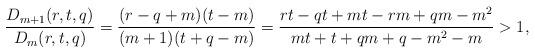
LaTeX: \begin{align*}\frac{D_{m+1}(r,t,q)}{D_m(r,t,q)}=\frac{(r-q+m)(t-m)}{(m+1)(t+q-m)}=\frac{rt-qt+mt-rm+qm-m^2}{mt+t+qm+q-m^2-m}>1,\end{align*}